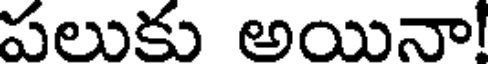
పలుకు అయినా!